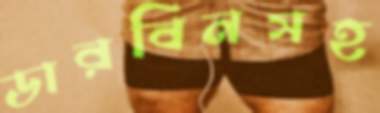
ডারবিনসহ